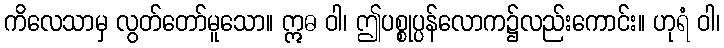
ကိလေသာမှ လွတ်တော်မူသော။ ဣဓ ဝါ၊ ဤပစ္စုပ္ပန်လောက၌လည်းကောင်း။ ဟုရံ ဝါ၊